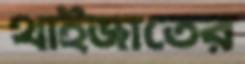
থাইজাতের